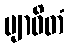
ဗျာဓိတံ